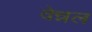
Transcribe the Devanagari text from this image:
वेन्नल